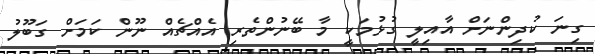
ގިނަ ކުދިންނަށް އާއިލީ ގުޅުމަކީ މާ ބޭނުންތެރި އެއްޗެއް ނޫން ކަމަށް ގަބޫލު